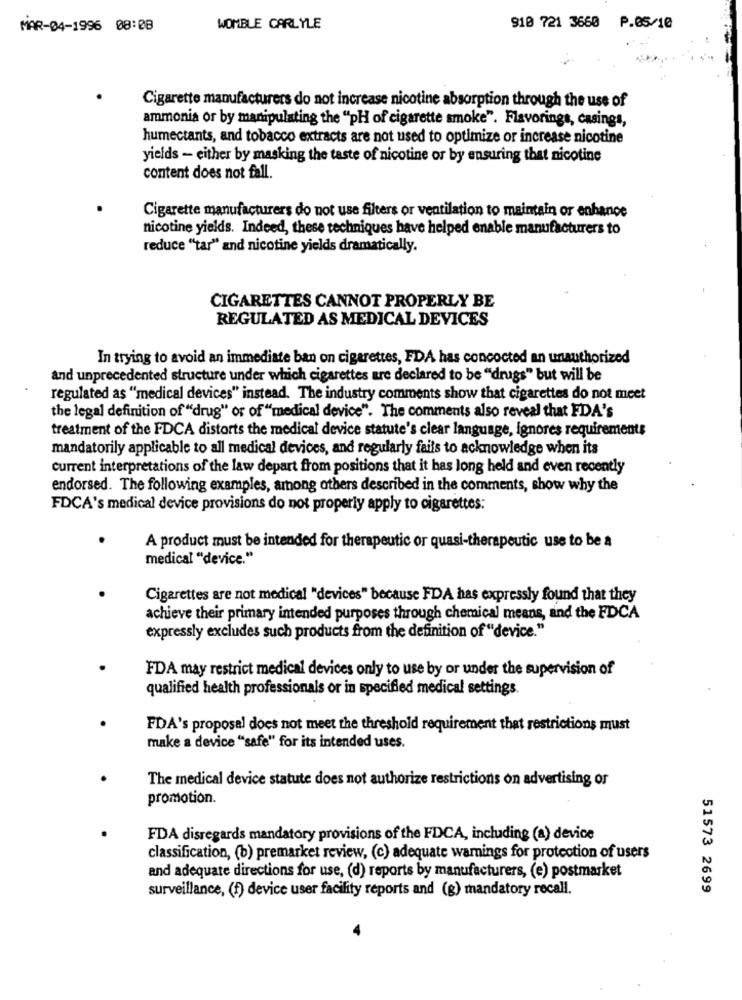
MAR-04-1996 08:08
WOMBLE CARLYLE
910 721 3660 P.05/10
Cigarette manufacturers do not increase nicotine absorption through the use of
ammonia or by manipulating the "pH of cigarette smoke". Flavorings, casings,
humectants, and tobacco extracts are not used to optimize or increase nicotine
yields - either by masking the taste of nicotine or by ensuring that nicotine
content does not fall.
Cigarette manufacturers do not use filters or ventilation to maintain or enhance
nicotine yields. Indeed, these techniques have helped enable manufacturers to
reduce "tar" and nicotine yields dramatically.
CIGARETTES CANNOT PROPERLY BE
REGULATED AS MEDICAL DEVICES
In trying to avoid an immediate ban on cigarettes, FDA has concocted an unauthorized
and unprecedented structure under which cigarettes are declared to be "drugs" but will be
regulated as "medical devices" instead. The industry comments show that cigarettes do not meet
the legal definition of "drug" or of "medical device". The comments also reveal that FDA's
treatment of the FDCA distorts the medical device statute's clear language, ignores requirements
mandatorily applicable to all medical devices, and regularly fails to acknowledge when its
current interpretations of the law depart from positions that it has long held and even recently
endorsed. The following examples, among others described in the comments, show why the
FDCA's medical device provisions do not properly apply to cigarettes:
A product must be intended for therapeutic or quasi-therapeutic use to be a
medical "device."
Cigarettes are not medical "devices" because FDA has expressly found that they
achieve their primary intended purposes through chemical means, and the FDCA
expressly excludes such products from the definition of "device."
FDA may restrict medical devices only to use by or under the supervision of
qualified health professionals or in specified medical settings.
FDA's proposal does not meet the threshold requirement that restrictions must
make a device "safe" for its intended uses.
The medical device statute does not authorize restrictions on advertising or
promotion.
FDA disregards mandatory provisions of the FDCA, including (a) device
classification, (b) premarket review, (c) adequate warnings for protection of users
and adequate directions for use, (d) reports by manufacturers, (e) postmarket
surveillance, (f) device user facility reports and (g) mandatory recall.
51573 2699